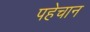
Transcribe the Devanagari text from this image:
पहेचान